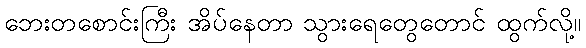
ဘေးတစောင်းကြီး အိပ်နေတာ သွားရေတွေတောင် ထွက်လို့။